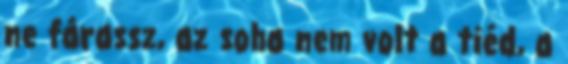
ne fárassz, az soha nem volt a tiéd, a